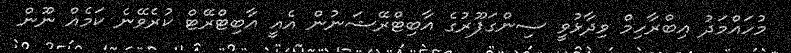
މުހައްމަދު އިބްރާހިމް ވިދާޅުވީ ސިންގަޕޫރުގެ އާބިޓްރޭޝަނުން އެއީ އާބިޓްރޭޓް ކުރެވޭނެ ކަމެއް ނޫން